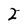
Character: 2